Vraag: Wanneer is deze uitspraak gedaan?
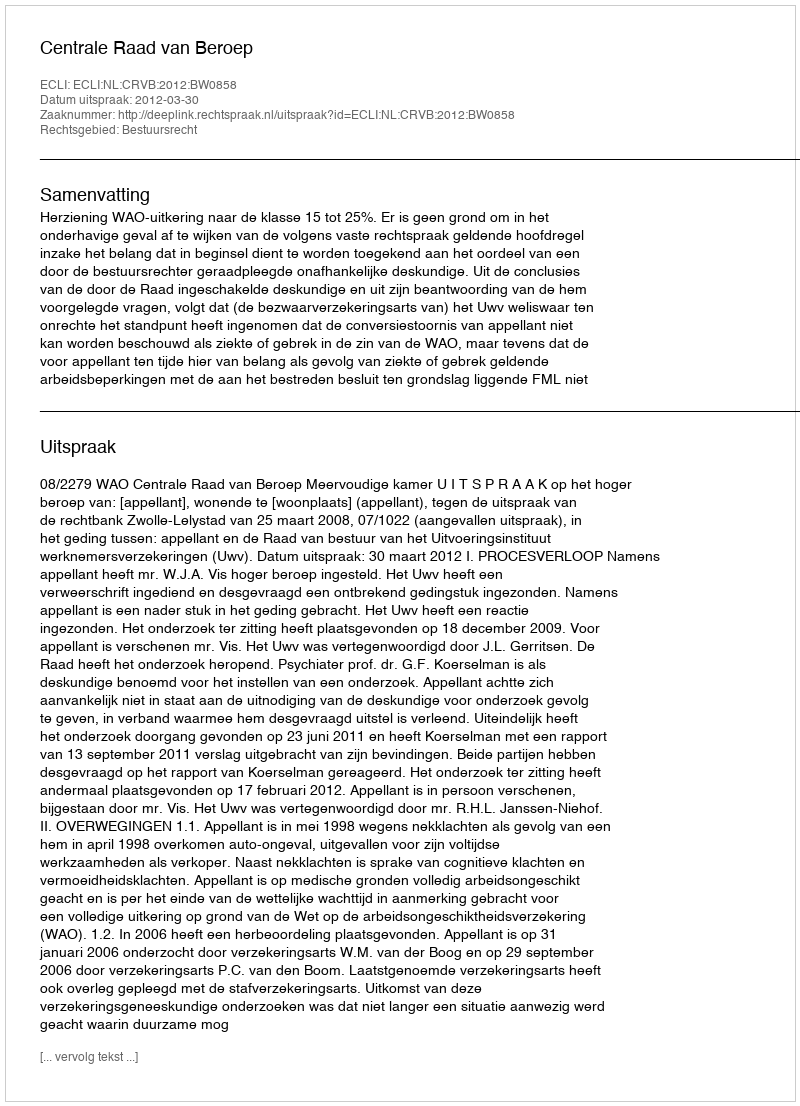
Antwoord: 2012-03-30